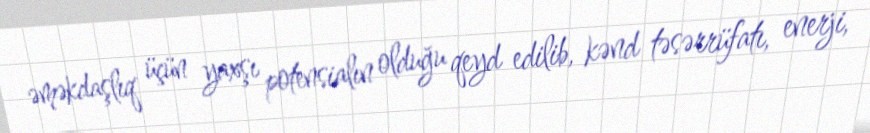
əməkdaşlıq üçün yaxşı potensialın olduğu qeyd edilib, kənd təsərrüfatı, enerji,